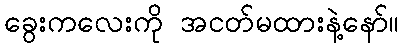
ခွေးကလေးကို အငတ်မထားနဲ့နော်။